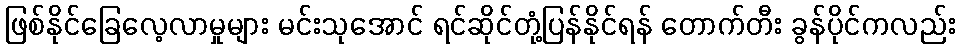
ဖြစ်နိုင်ခြေလေ့လာမှုများ မင်းသုအောင် ရင်ဆိုင်တုံ့ပြန်နိုင်ရန် တောက်တီး ခွန်ပိုင်ကလည်း